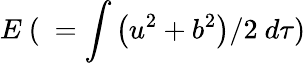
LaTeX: E\ (\ =\int\left(u^{2}+b^{2}\right)/2\ d\tau)